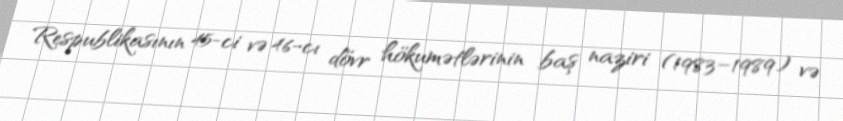
Respublikasının 45-ci və 46-cı dövr hökumətlərinin baş naziri (1983–1989) və